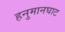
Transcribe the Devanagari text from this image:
हनुमानघाट